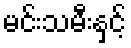
မင်းသမီးနှင့်